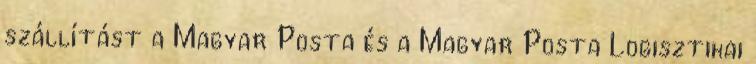
szállítást a Magyar Posta és a Magyar Posta Logisztikai